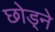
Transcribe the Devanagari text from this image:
छोड़्ने